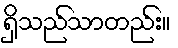
ရှိသည်သာတည်း။